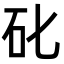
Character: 䂗